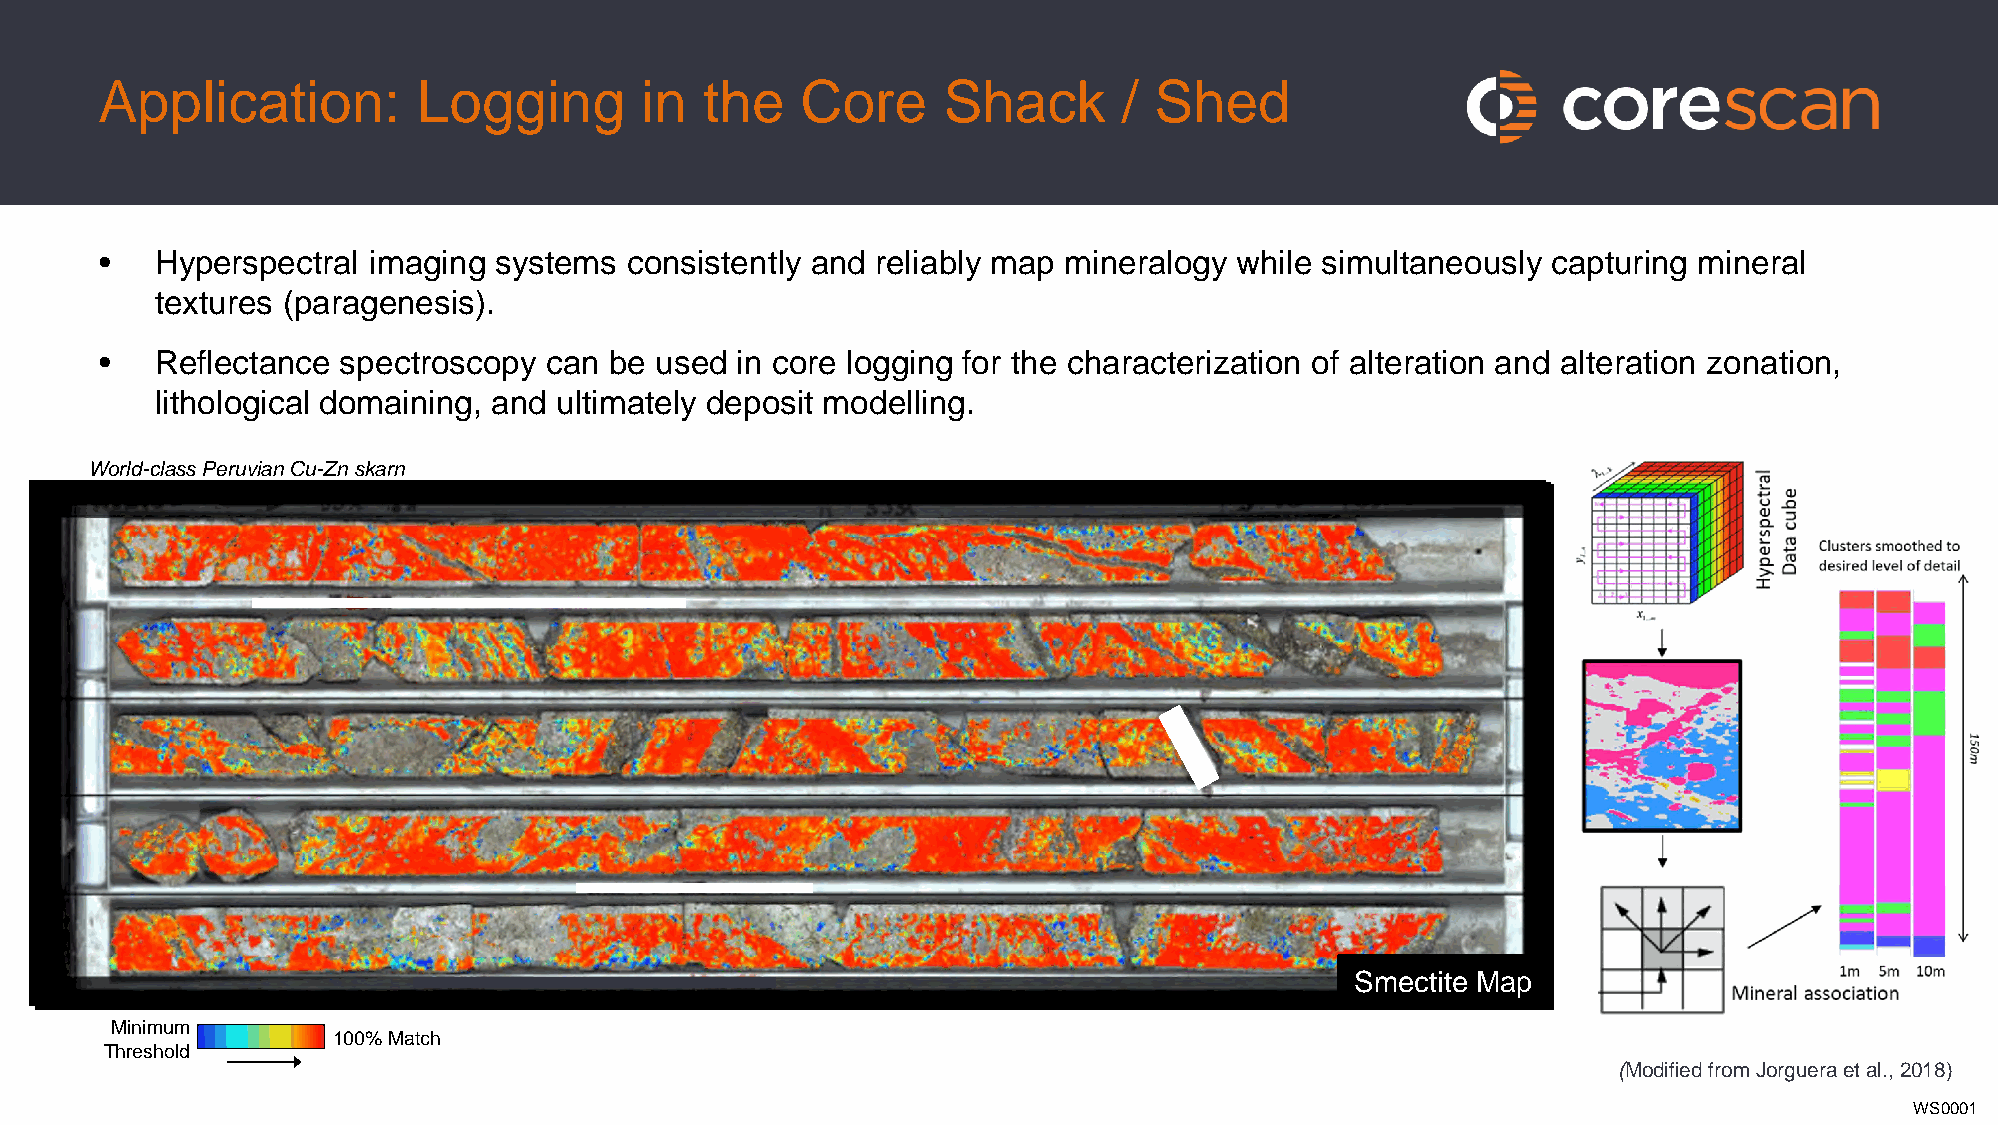
Application:         Logging       in   the   Core     Shack       / Shed
 •  Hyperspectral imaging  systems  consistently and reliably map mineralogy while simultaneously capturing mineral
 textures (paragenesis).
 •  Reflectance  spectroscopy can be used  in core logging for the characterization of alteration and alteration zonation,
 lithological domaining, and ultimately deposit modelling.
 World-class Peruvian Cu-Zn skarn
 GDEapiorindpoesittd eMe M aMpaapp
 VesuSvimaneicteti teM Mapap
 Minimum
 100% Match
 Threshold
 (Modified from Jorgueraet al., 2018)
 WS0001